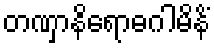
တဏှာနိရောဓဂါမိနိံ